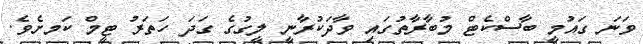
ވަނަ ގައުމީ ބާސްކެޓް މުބާރާތުގައި ވާދަކުރާނީ ލީގުގެ ގަދަ ހަތަރު ޓީމް ކަަމށެވެ.